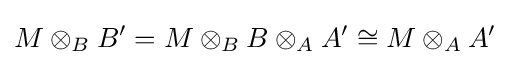
M\otimes _{B}B'=M\otimes _{B}B\otimes _{A}A'\cong M\otimes _{A}A'